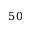
5 0